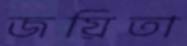
জয়িতা